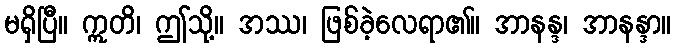
မရှိပြီ။ ဣတိ၊ ဤသို့။ အဿ၊ ဖြစ်ခဲ့လေရာ၏။ အာနန္ဒ၊ အာနန္ဒာ။